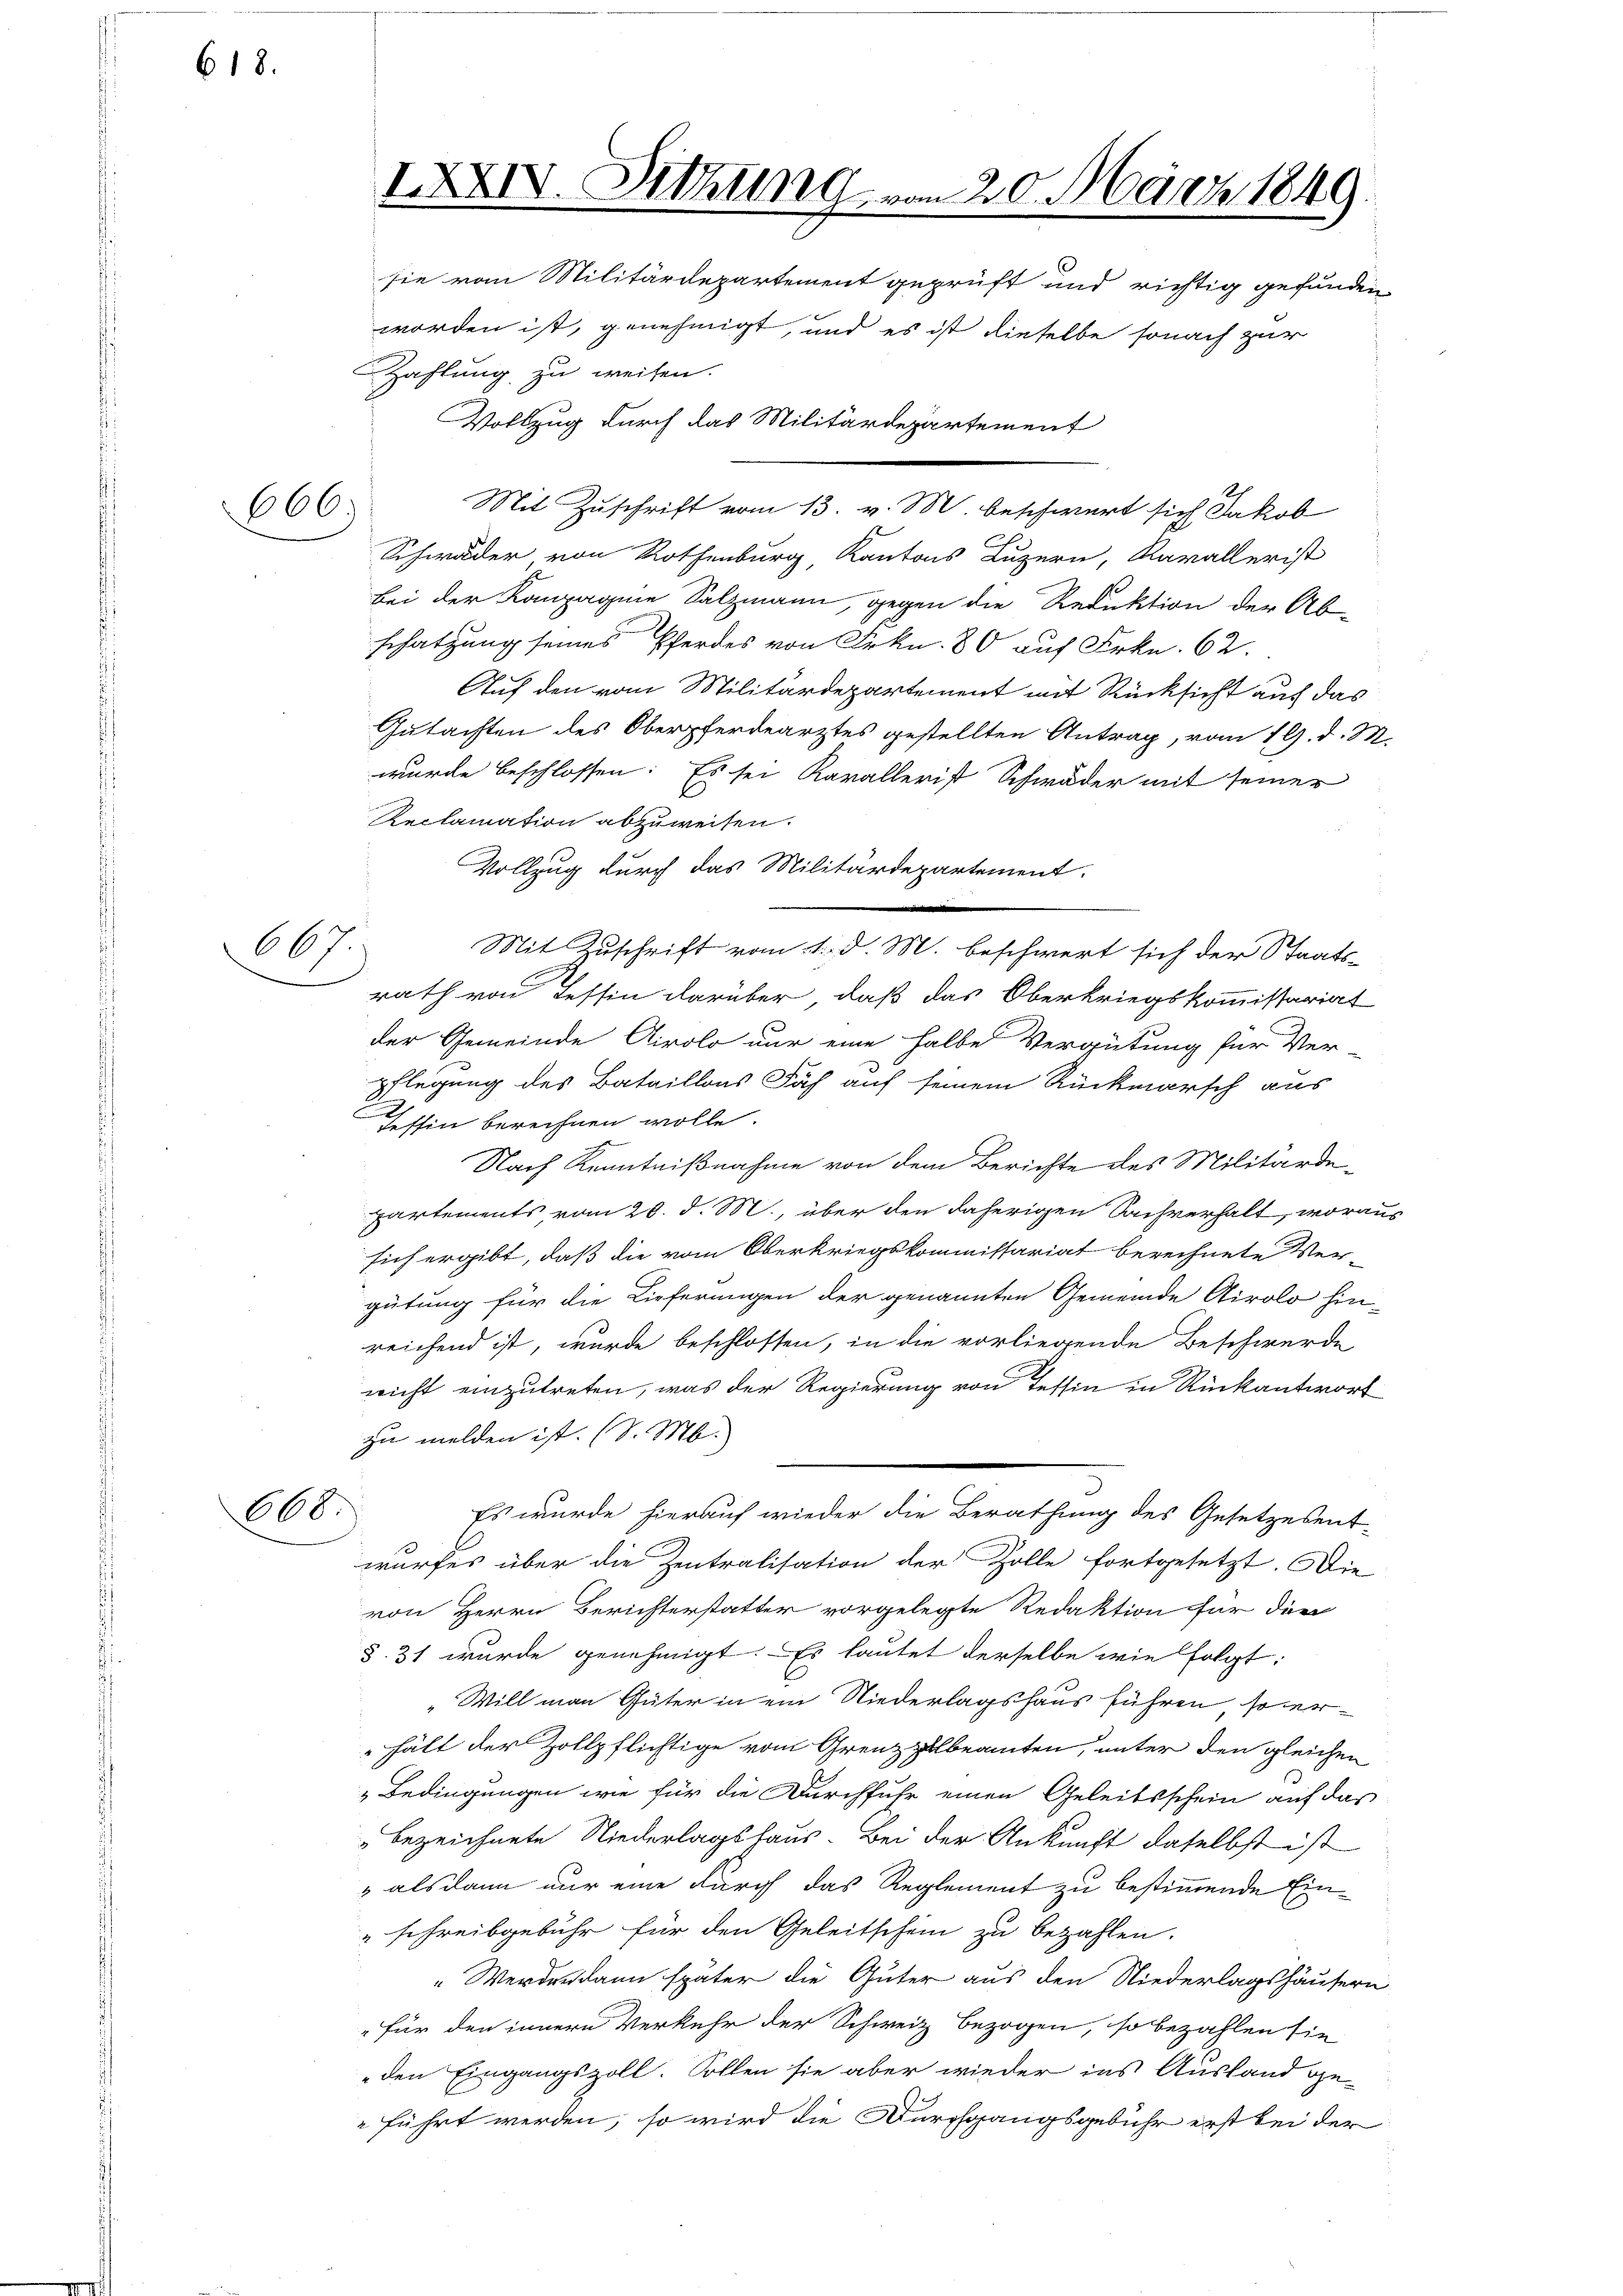
618.

666)

667
.

668.

Zahlung zu weisen.

IXXIV. Sitzung vom 20. März 1849.

sie vom Militärdepartement geprüft und richtig gefunden
worden ist, genehmigt, und es ist dieselbe sonach zur
Vollzug durch das Militärdepartement
Mit Zuschrift vom 13. v. M. beschwert sich Jakob
Schwäder von Rothenburg, Kantons Luzern, Kavallerist
bei der Kompagnie Salzmann, gegen die Reduktion der Ab-
schatzung seines Pferdes von Frkn. 80 auf Frkn. 62.
Auf den vom Militärdepartement mit Rücksicht auf das
Gutachten des Oberpferdearztes gestellten Antrag, vom 19. d. M.
wurde beschlossen: Es sei Kavallerist Schweder mit seiner
Reclamation abzuweisen.
Vollzug durch das Militärdepartement.
Mit Zuschrift vom 11. d. M. beschwert sich der Staats-
rath von Tessin darüber, daß das Oberkriegskommissariat
der Gemeinde Airolo nur eine halbe Vergütung für Ver-
pflegung des Bataillons Fach auf seinem Rückmarsch aus
Ifhin berechnen wolle.
Nach Kenntnißnahme von dem Berichte des Militärdepartements vom 28. d. M., über den daherigen Sachverhalt, woraus
sich ergibt, daß die vom Oberkriegskommissariat berechnete Ver-
gütung für die Lieferungen der genannten Gemeinde Airolo hin-
reichend ist, wurde beschlossen, in die vorliegende Beschwerde
nicht einzutreten, was der Regierung von Tessin in Rückantwort
zu melden ist. (S. M.
Es wurde hierauf wieder die Berathung des Gesetzesent-
wurfes über die Zentralisation der Zolle fortgesetzt. Die
von Herrn Berichterstatter vorgelegte Redaktion für die
§. 31 wurde genehmigt. – Es lautet derselbe wie folgt:
„Will man Güter in ein Niederlagshaus führen, so erhält der Zollpflichtige vom Grenzzilbeamten, unter den gleichen
Bedingungen wie für die Durchfuhr einen Geleitsschein auf das
bezeichnete Niederlagshaus. Bei der Ankunft daselbst ist
" als dann nur eine durch das Reglement zu bestimmende Ein¬
"schreibgebühr für den Geleitschein zu bezahlen.
Werdendann später die Güter aus den Niederlagshäusern
für den innern Verkehr der Schweiz bezogen, so bezahlen sie
den Eingangszoll. Sollen sie aber wieder ins Ausland ge¬
 führt werden, so wird die Durchgangsgebühr erst bei der